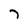
Character: 7